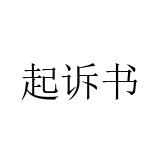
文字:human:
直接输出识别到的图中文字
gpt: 起诉书